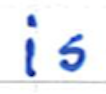
Text: is
Cross-out: clean
Writing tool: ballpoint